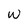
Character: W